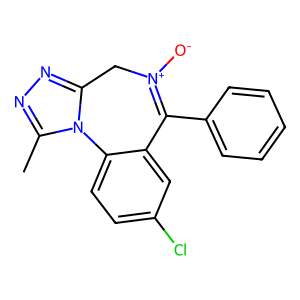
SMILES: Cc1nnc2n1-c1ccc(Cl)cc1C(c1ccccc1)=[N+]([O-])C2
Inhibits HIV replication: No